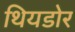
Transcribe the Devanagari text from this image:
थियडोर